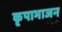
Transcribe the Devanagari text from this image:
कृपाभाजन